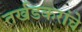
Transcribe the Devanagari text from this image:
तर्खडकरांचे